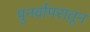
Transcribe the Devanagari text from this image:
पुनर्वापरातून